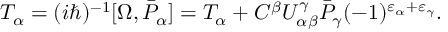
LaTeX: { \cal T } _ { \alpha } = ( i \hbar ) ^ { - 1 } [ \Omega , \bar { \cal P } _ { \alpha } ] = T _ { \alpha } + C ^ { \beta } U _ { \alpha \beta } ^ { \gamma } \bar { \cal P } _ { \gamma } ( - 1 ) ^ { \varepsilon _ { \alpha } + \varepsilon _ { \gamma } } .